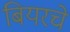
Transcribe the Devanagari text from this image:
बियरचे